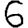
Digit: 6